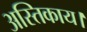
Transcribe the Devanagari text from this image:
अस्तिकाय।